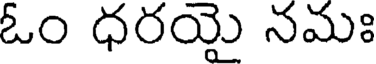
ఓం ధరయై నమః